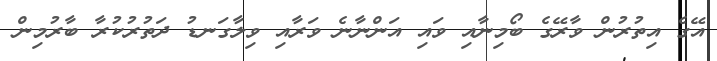
އޭގެ އިތުރުން ވާރޭގެ ބޯމިނާއި ވައި އަންނާނެ ވަރާއި ވިލާގަނޑު ދަތުރުކުރާ ބާރުމިން